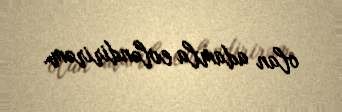
olan adamla evləndirirəm.